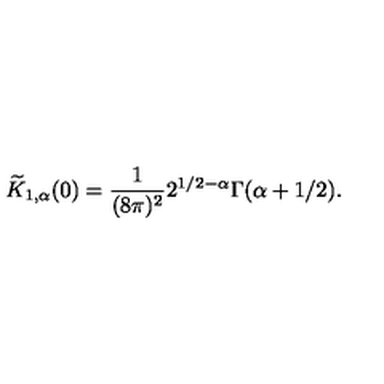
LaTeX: \widetilde { K } _ { 1 , \alpha } ( 0 ) = \frac { 1 } { ( 8 \pi ) ^ { 2 } } 2 ^ { 1 / 2 - \alpha } \Gamma ( \alpha + 1 / 2 ) .